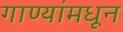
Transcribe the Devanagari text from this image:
गाण्यांमधून